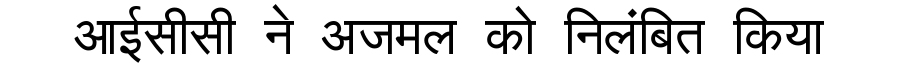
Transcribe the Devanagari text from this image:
आईसीसी ने अजमल को निलंबित किया